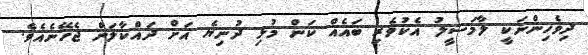
ދިވެހިންނަކީ ލާމަސީލު އެކުވެރި ބައެއް ކަން މުޅި ދުނިޔެ އަށް ދައްކާލަން ޖެހޭނެއެވެ.